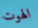
الهوت